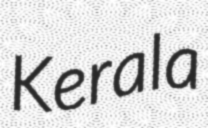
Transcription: Kerala